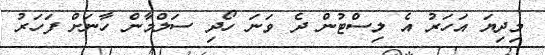
މިދިޔަ އަހަރު އެ ލިސްޓުން ދެ ވަނަ ހޯދި ސަލްމާން ހާނަށް ފަހަރު